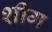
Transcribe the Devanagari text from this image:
शींग